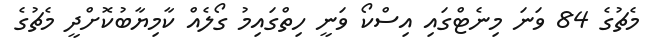
މެޗުގެ 84 ވަނަ މިނެޓްގައި އިސްކޯ ވަނީ ހިތްގައިމު ގޯލެއް ކާމިޔާބުކޮށްދީ މެޗުގެ